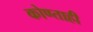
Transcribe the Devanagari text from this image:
कोण्ताही